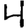
Digit: 4